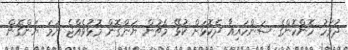
ދުވަހު ހޮންކޮންގެ ސަންހައިއާ ދެކޮޅަށް ކުޅޭ މެޗުން ޔަންގޮން މޮޅުވެއްޖެ ނަމަ ޔަންގޮން